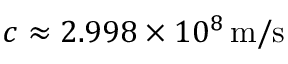
c \approx 2 . 9 9 8 \times 1 0 ^ { 8 } \, { \mathrm { m / s } }